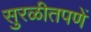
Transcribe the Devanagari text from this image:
सुरळीतपणें